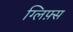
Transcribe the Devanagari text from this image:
ग्लिफ़्स